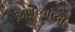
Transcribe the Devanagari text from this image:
गिलच्यांच्या